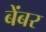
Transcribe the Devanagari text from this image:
बेंबर